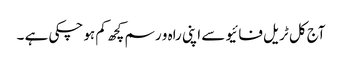
آج کل ٹریل فائیو سے اپنی راہ و رسم کچھ کم ہو چکی ہے ۔